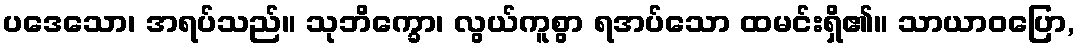
ပဒေသော၊ အရပ်သည်။ သုဘိက္ခော၊ လွယ်ကူစွာ ရအပ်သော ထမင်းရှိ၏။ သာယာဝပြော,